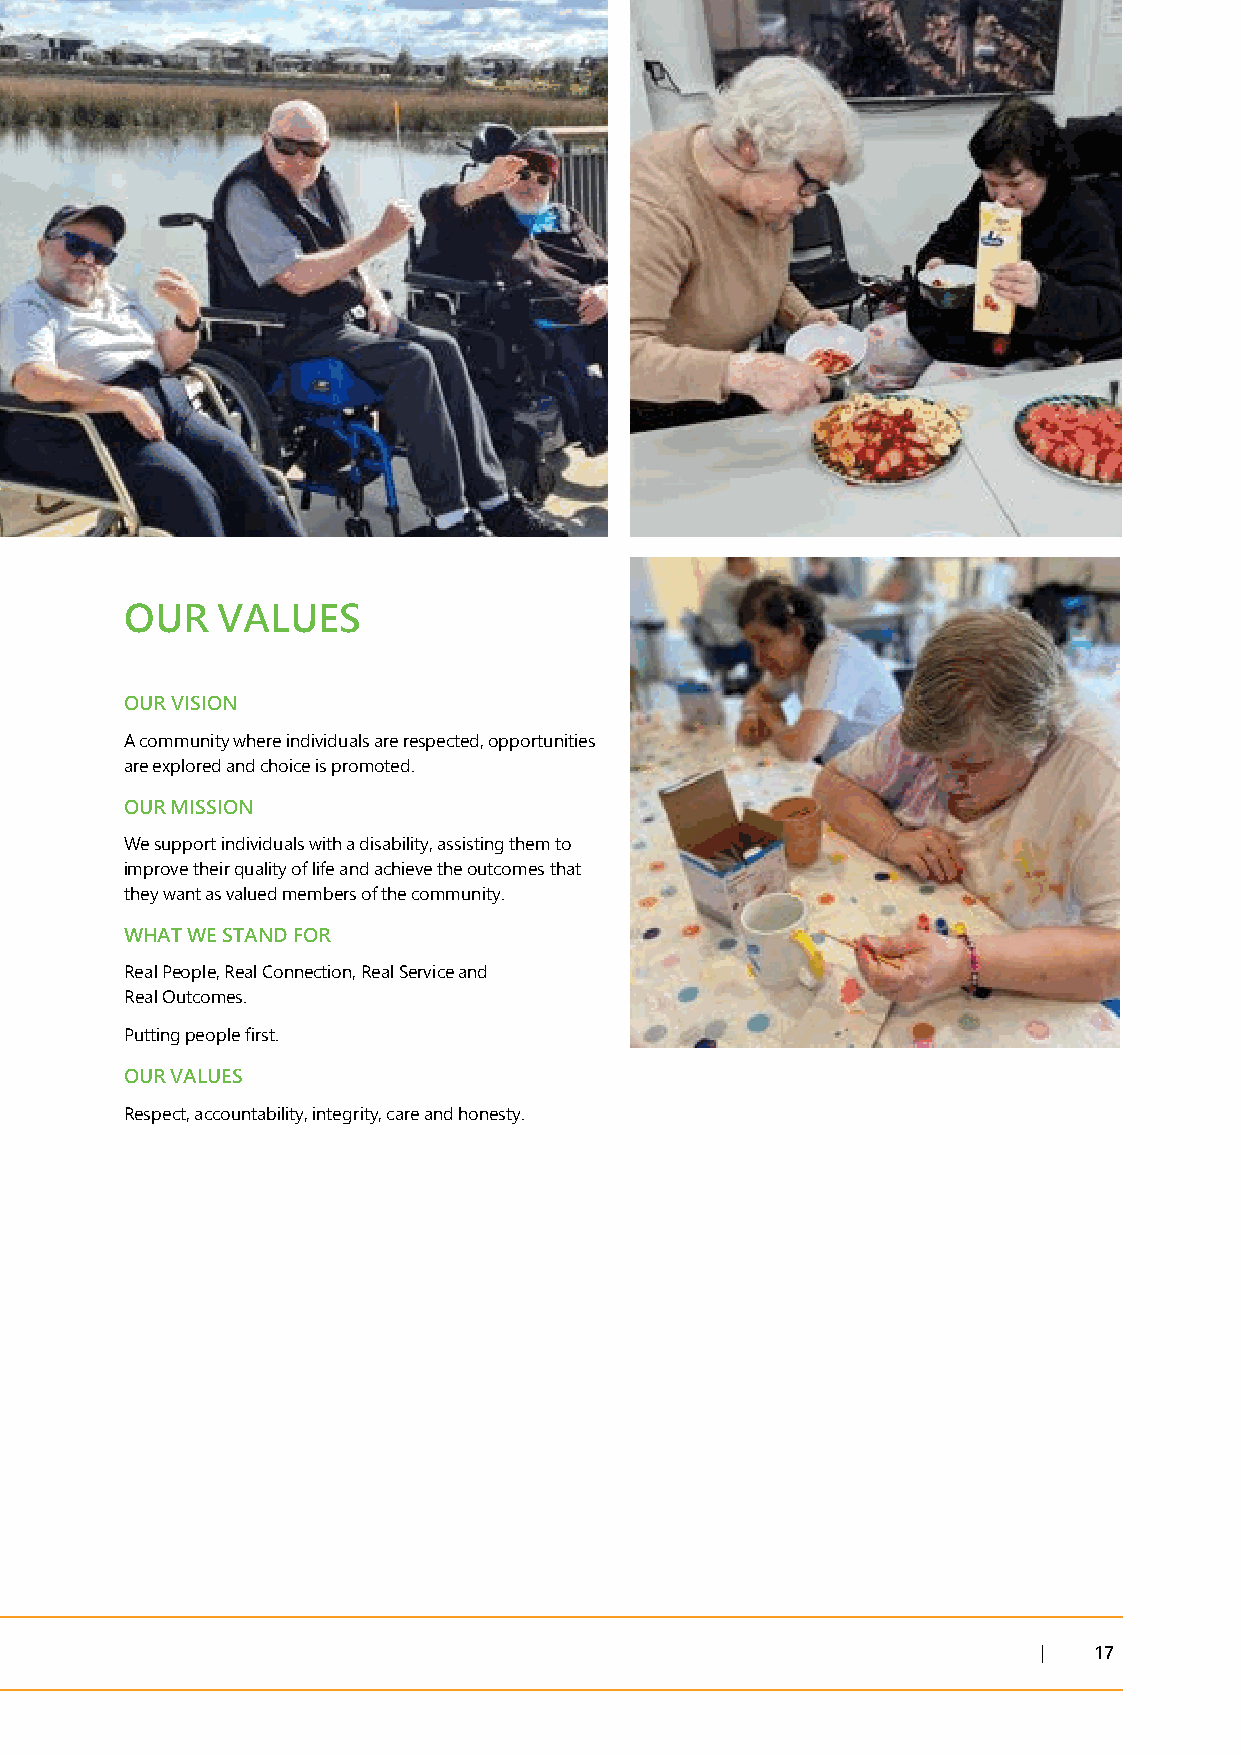
OUR   VALUES
 OUR VISION
 A community where individuals are respected, opportunities
 are explored and choice is promoted.
 OUR MISSION
 We support individuals with a disability, assisting them to
 improve their quality of life and achieve the outcomes that
 they want as valued members of the community.
 WHAT WE STAND FOR
 Real People, Real Connection, Real Service and
 Real Outcomes.
 Putting people first.
 OUR VALUES
 Respect, accountability, integrity, care and honesty.
 |  17